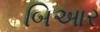
બિઆર